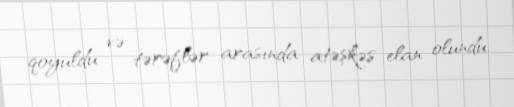
qoyuldu və tərəflər arasında atəşkəs elan olundu.